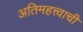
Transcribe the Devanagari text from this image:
अतिमहत्त्वाची